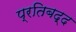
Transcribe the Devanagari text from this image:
प्रतिबद्द